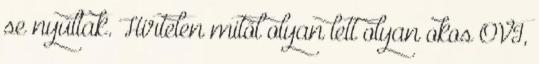
se nyúltak. Hirtelen mitől olyan lett olyan okos OVI,